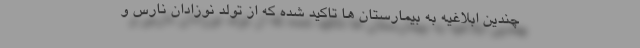
چندین ابلاغیه به بیمارستان ها تاکید شده که از تولد نوزادان نارس و